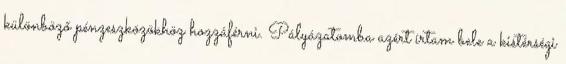
különböző pénzeszközökhöz hozzáférni. Pályázatomba azért írtam bele a kistérségi